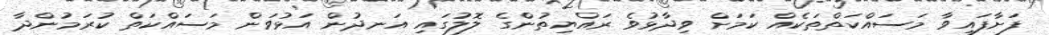
ފަށާފައިވާ މަސައްކަތްތަކެއް ކަމަށް ވިދާޅުވެ ރައްޔިތުންގެ ލޮލުގައި އަނދުން އަޅުވަން މަސައްކަތް ކުރަމުންދާ